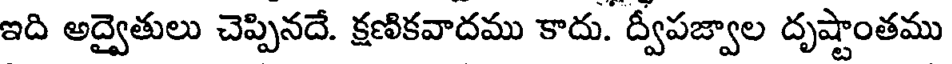
ఇది అద్వైతులు చెప్పినదే. క్షణికవాదము కాదు. ద్వీపజ్వాల దృష్టాంతము